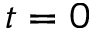
t = 0